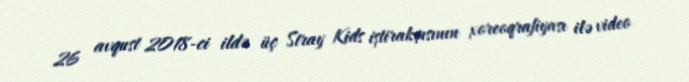
26 avqust 2018-ci ildə üç Stray Kids iştirakçısının xoreoqrafiyası ilə video